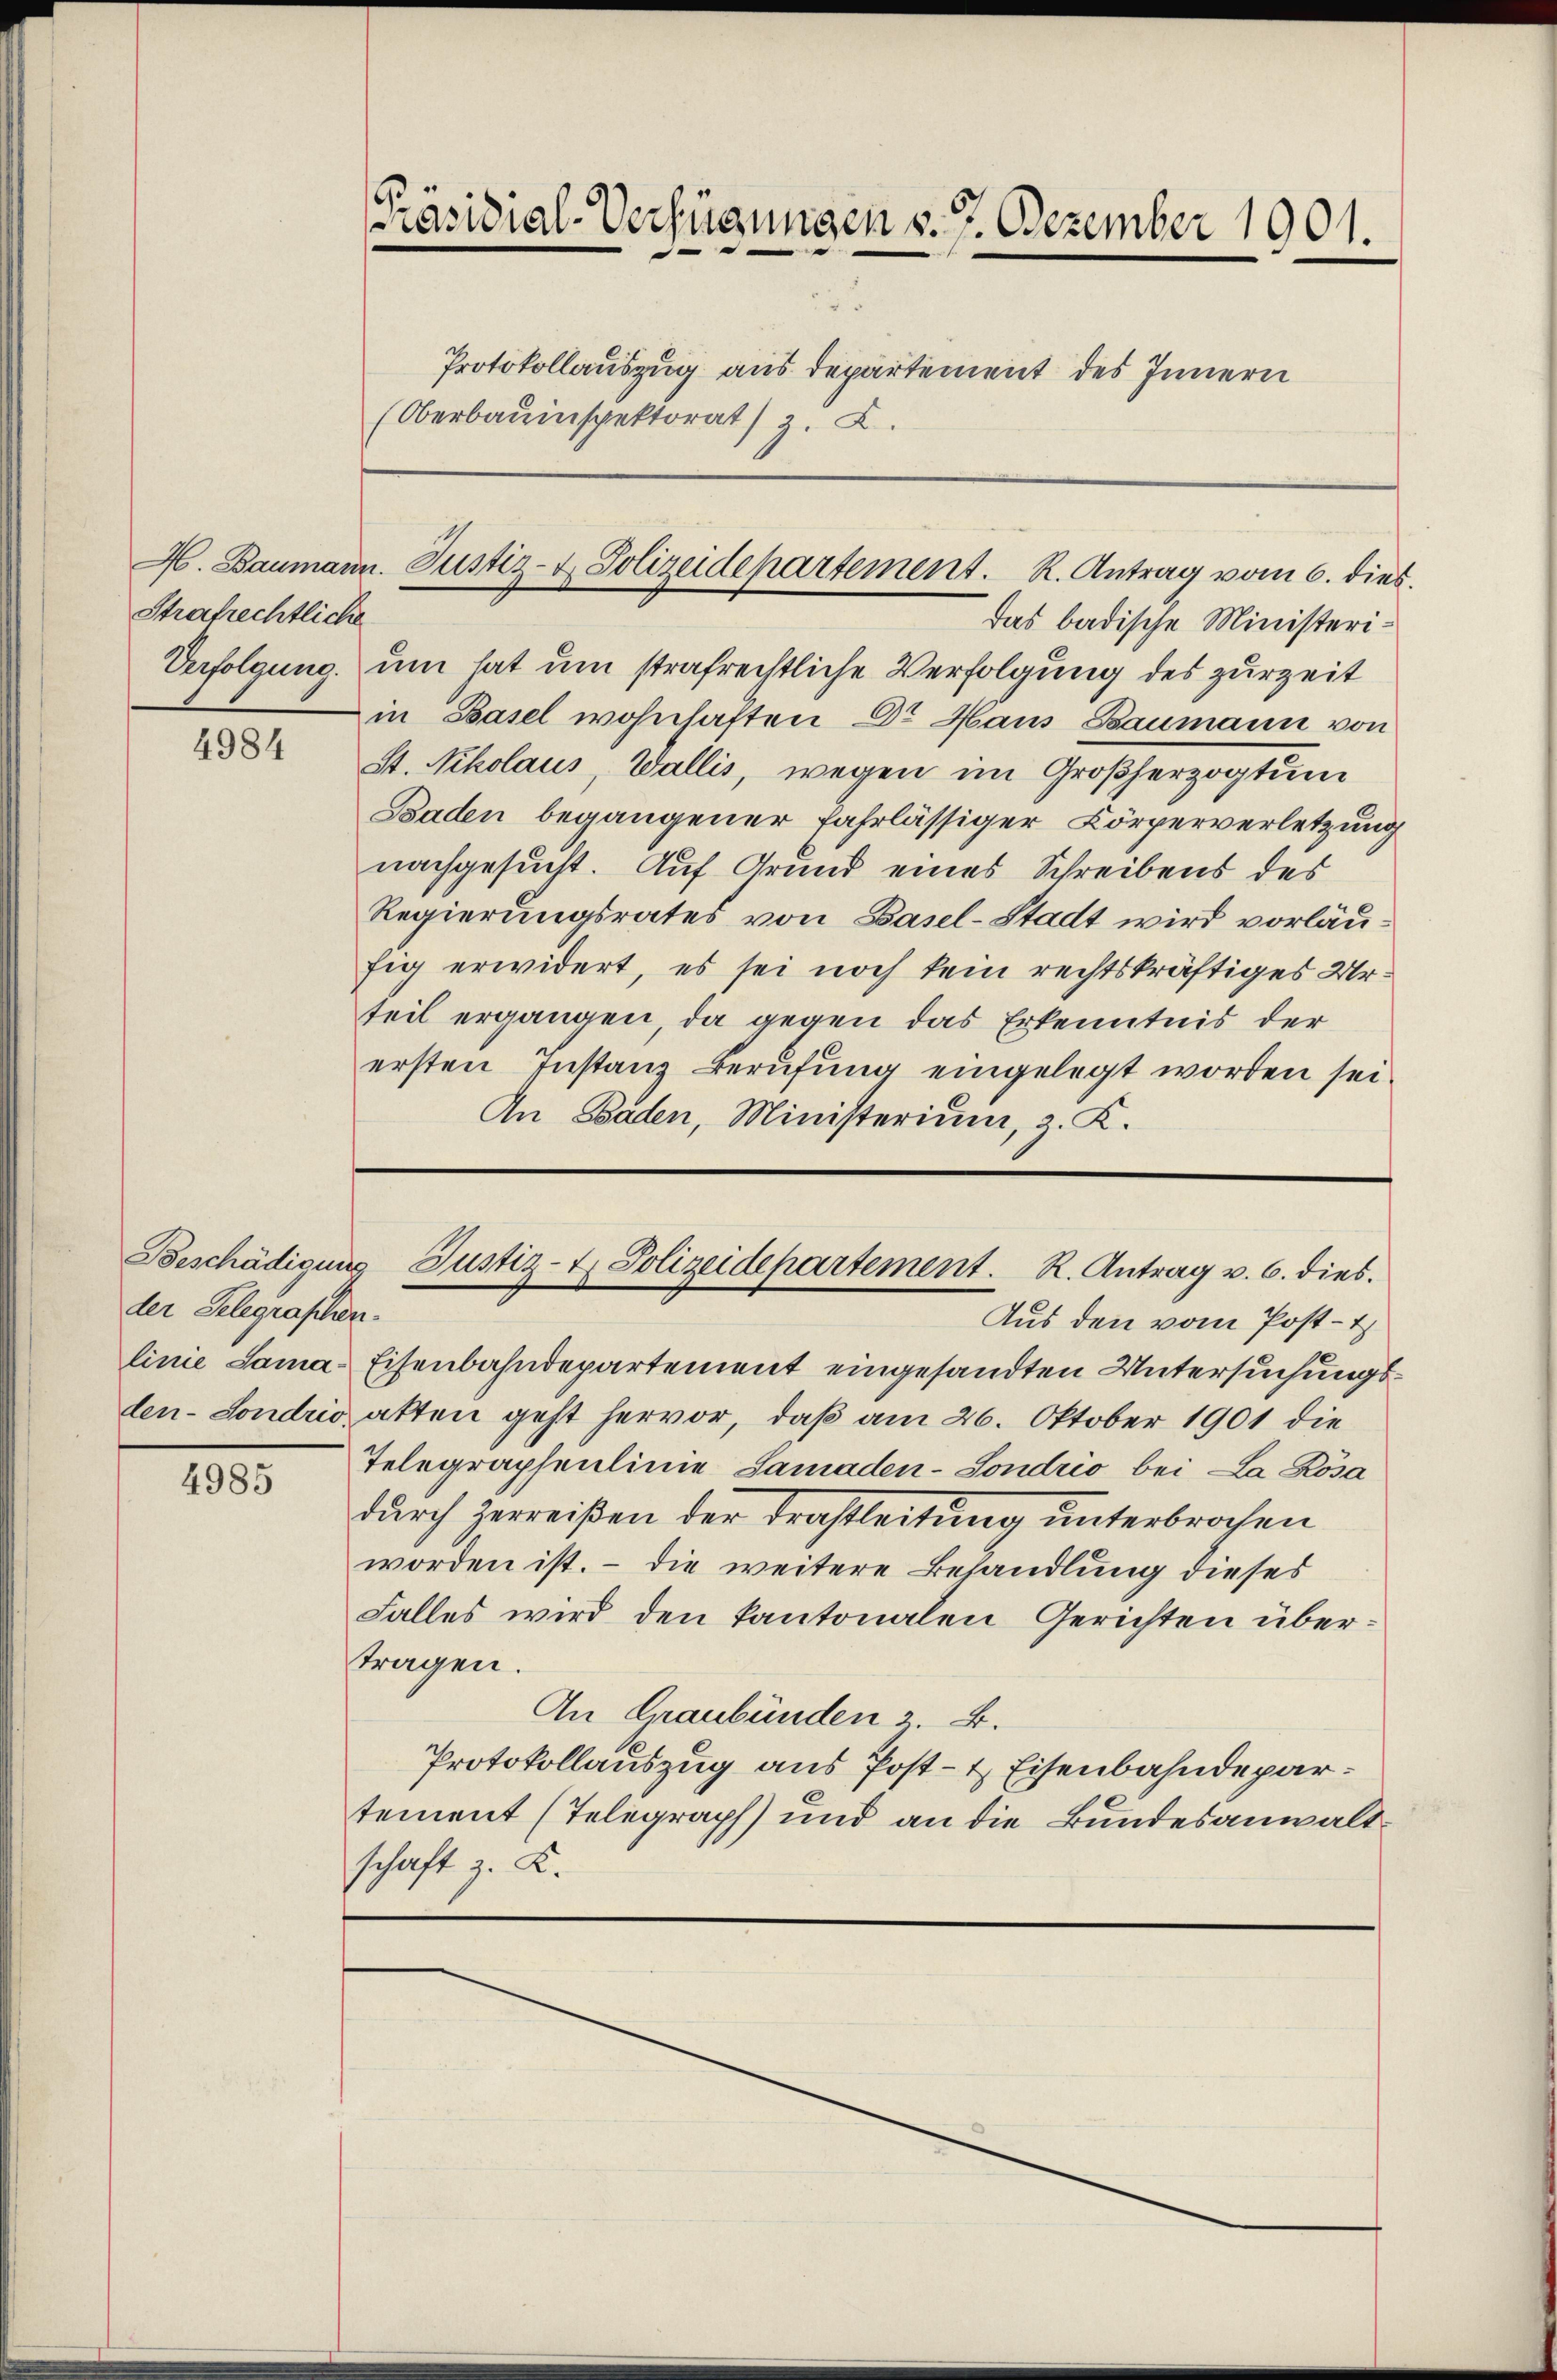
Strafrechtliche

4984

der Gelegraschen.

4985

Präsidial-Verfügungen d. 7. Dezember 1901.
.
Protokollauszug aus departement des Innern
(Oberbauinspektorat) z. Z.

A. Baumann. Justiz- & Polizeidepartement. R. Antrag vom 6. dies

das badische Ministeri¬
Verfolgung, um hat um strafrechtliche Verfolgung des zurzeit
in Basel wohnhaften Dr Haus Baumann von
St. Nikolaus, Wallis, wegen im Großherzogtum
Baden begangener Fahrlässiger Körperverletzung
nachgesucht. Auf Grund eines Schreibens des
Regierungsrates von Basel-Stadt wird vorläufig erwidert, es sei noch kein rechtskräftiges Urteil ergängen, da gegen das Erkenntnis der
ersten Instanz Berufung eingelegt worden sei.
An Baden, Ministerium, z. K.

Beschädigung Justiz- & Polizeidepartement. R. Antrag v. 6. dies
Aus den vom Post-t

linie Sama-Eisenbahndepartement eingesandten Untersuchungsden- Sondrio atten geht hervor, daß am 26. Oktober 1901 die
Telegraphenlinie Samaden-Sondrio bei La Rosa
durch Zerreißen der Trastleitung unterbrochen
worden ist. – die weitere Behandlung dieses
Falles wird den kantonalen Gerichten übertragen.
An Graubünden z. B.
Protokollauszug aus Post- & Eisenbahndepartement (Telegraph) und an die Bundesanwaltschaft z. B.